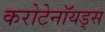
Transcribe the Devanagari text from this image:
करोटेनॉयड्स